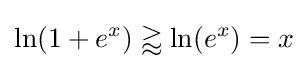
\ln(1+e^{x})\gtrapprox \ln(e^{x})=x